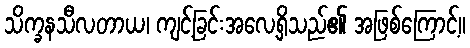
သိက္ခနသီလတာယ၊ ကျင့်ခြင်းအလေ့ရှိသည်၏ အဖြစ်ကြောင့်။